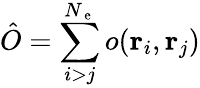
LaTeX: \hat{O}=\sum_{i>j}^{N_{\mathrm{~e~}}}o({\mathbf{r}_{i}},{\mathbf{r}_{j}})